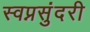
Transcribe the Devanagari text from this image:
स्वप्नसुंदरी